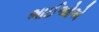
ભાઈઓએ